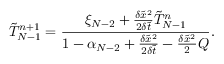
\tilde { T } _ { N - 1 } ^ { n + 1 } = \frac { { { \xi _ { N - 2 } } + \frac { { \delta { { \tilde { x } } ^ { 2 } } } } { { 2 \delta \tilde { t } } } \tilde { T } _ { N - 1 } ^ { n } } } { { 1 - { \alpha _ { N - 2 } } + \frac { { \delta { { \tilde { x } } ^ { 2 } } } } { { 2 \delta \tilde { t } } } - \frac { { \delta { { \tilde { x } } ^ { 2 } } } } { 2 } Q } } .